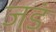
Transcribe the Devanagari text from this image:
जडं